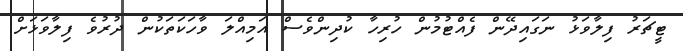
ޓީޗަރު ފިލާވަޅު ނަގައިދޭން ފެއްޓުމުން ހުރިހާ ކުދިންވެސް އަމިއްލަ ވާހަކަތަކުން ދުރުވެ ފިލާވަޅަށް